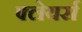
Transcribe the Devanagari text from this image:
फ्लेयर्स